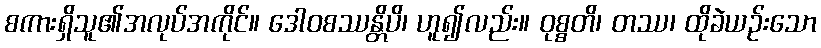
စကားရှိသူ၏အလုပ်အကိုင်။ ဒေါဝစဿန္တိပိ၊ ဟူ၍လည်း။ ဝုစ္စတိ၊ တဿ၊ ထိုခဲယဉ်းသော